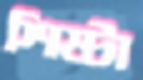
শিষ্টা